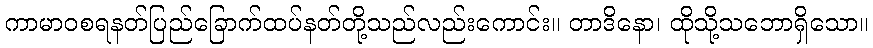
ကာမာဝစရနတ်ပြည်ခြောက်ထပ်နတ်တို့သည်လည်းကောင်း။ တာဒိနော၊ ထိုသို့သဘောရှိသော။